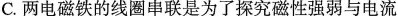
C.两电磁铁的线圈串联是为了探究磁性强弱与电流